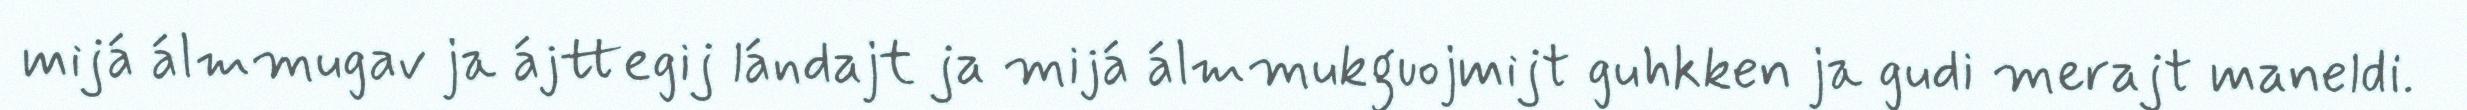
mijá álmmugav ja ájttegij lándajt ja mijá álmmukguojmijt guhkken ja gudi merajt maneldi.